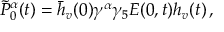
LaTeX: \tilde { P } _ { 0 } ^ { \alpha } ( t ) = \bar { h } _ { v } ( 0 ) \gamma ^ { \alpha } \gamma _ { 5 } E ( 0 , t ) h _ { v } ( t ) \, ,